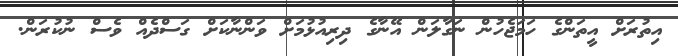
އިތުރަށް އީތަންގެ ހަމަޖެހުން ނަގާލަން އޭނާގެ ދިރިއުޅުމަށް ވަންނާކަށް ގަސްދެއް ވެސް ނުކުރަން.